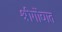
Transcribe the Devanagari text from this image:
श्रीगोंद्यात